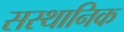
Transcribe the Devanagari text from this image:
सस्थानिक